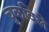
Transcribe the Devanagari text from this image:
चुकविले